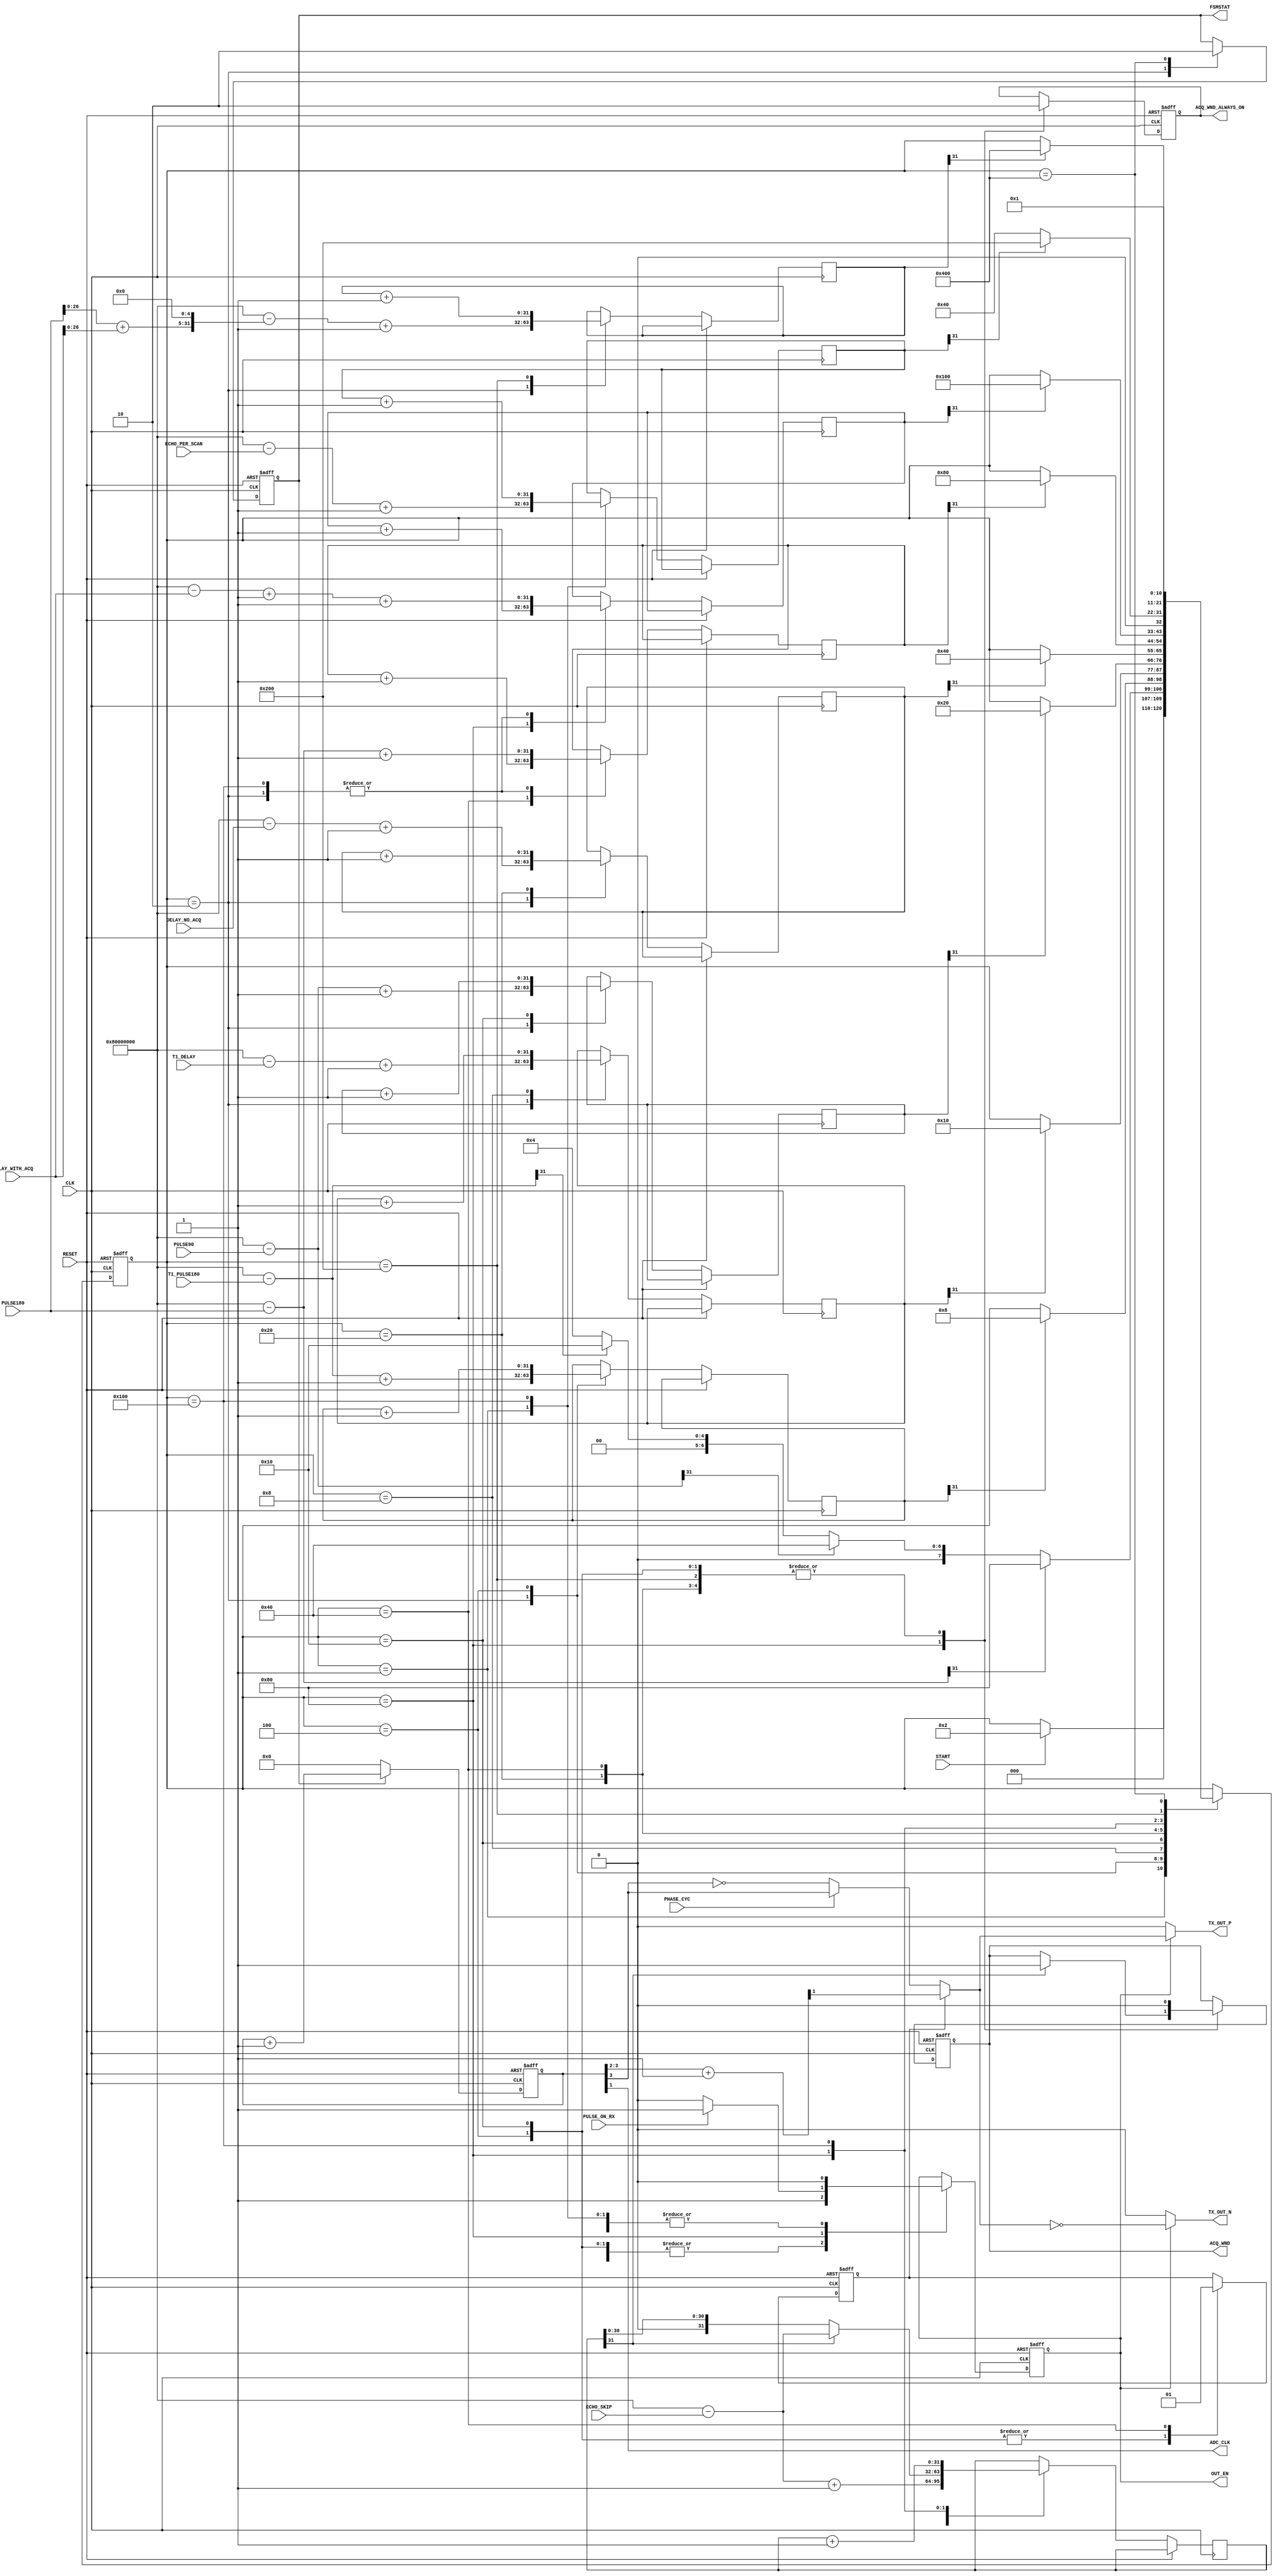
module NMR_PULSE_PROGRAM
#(
	parameter DATABUS_WIDTH = 32,
	parameter NMR_MAIN_TIMER_WIDTH = 4
)
(
	// control signals
	input 		START,
	output reg 	FSMSTAT,
	
	// nmr control signals
	input		PHASE_CYC,
	input		PULSE_ON_RX,
	output reg	ACQ_WND,
	output reg	ACQ_WND_ALWAYS_ON, // the same with ACQ_WND, but this keeps on all the time not depending on ECHO_SKIP
	output reg	OUT_EN,		// tx output enable
	
	// nmr parameters
	input [DATABUS_WIDTH-1:0]	T1_PULSE180,
	input [DATABUS_WIDTH-1:0]	T1_DELAY,
	input [DATABUS_WIDTH-1:0]	PULSE90,
	input [DATABUS_WIDTH-1:0]	DELAY_NO_ACQ,
	input [DATABUS_WIDTH-1:0]	PULSE180,
	input [DATABUS_WIDTH-1:0]	DELAY_WITH_ACQ,
	input [DATABUS_WIDTH-1:0]	ECHO_PER_SCAN,	// echo per scan integer number
	input [DATABUS_WIDTH-1:0]	ECHO_SKIP,
	
	// adc clock generator
	output ADC_CLK,
	
	// nmr tx clock output
	output TX_OUT_P,
	output TX_OUT_N,
	
	// system signals
	input CLK,
	input RESET
);

	// rollover counter reg
	reg 	[DATABUS_WIDTH-1:0]	T1_PULSE180_CNT;
	reg 	[DATABUS_WIDTH-1:0]	T1_DELAY_CNT;
	wire 	[DATABUS_WIDTH-1:0]	JUMP_TO_S4;
	reg 	[DATABUS_WIDTH-1:0]	PULSE90_CNT;
	reg 	[DATABUS_WIDTH-1:0]	DELAY_NO_ACQ_CNT;
	wire 	[DATABUS_WIDTH-1:0]	JUMP_TO_S6;
	reg 	[DATABUS_WIDTH-1:0]	PULSE180_CNT;
	reg 	[DATABUS_WIDTH-1:0]	DELAY_WITH_ACQ_CNT;
	wire 	[DATABUS_WIDTH-1:0]	JUMP_TO_S7;
	reg 	[DATABUS_WIDTH-1:0]	ECHO_PER_SCAN_CNT;
	reg 	[DATABUS_WIDTH-1:0]	TAIL_DELAY_CNT;
	reg		[DATABUS_WIDTH-1:0] ECHO_SKIP_CNT;
	
	// nmr tx clock generator
	wire TX_CLK_X; // tx phase 0 output
	wire TX_CLK_Y; // tx phase 90 output

	reg	PHASE;		// select the output tx phase
	
	
	
	// register for NMR main timer
	reg [NMR_MAIN_TIMER_WIDTH-1:0] NMR_MAIN_TIMER_CNT;

	reg [10:0] State /* synthesis keep = 1 */;
	localparam [10:0]
		S0 	= 11'b00000000001,
		S1 	= 11'b00000000010,
		S2 	= 11'b00000000100,
		S3 	= 11'b00000001000,
		S4 	= 11'b00000010000,
		S5 	= 11'b00000100000,
		S6 	= 11'b00001000000,
		S7 	= 11'b00010000000,
		S8 	= 11'b00100000000,
		S9 	= 11'b01000000000,
		S10 	= 11'b10000000000;
	
	assign JUMP_TO_S4	= {1'b1,{ (DATABUS_WIDTH-1) {1'b0} }} - T1_PULSE180; // only MSB is used to define whether skipping/not is required
	assign JUMP_TO_S6	= {1'b1,{ (DATABUS_WIDTH-1) {1'b0} }} - PULSE90; // only MSB is used to define whether skipping/not is required
	assign JUMP_TO_S7	= {1'b1,{ (DATABUS_WIDTH-1) {1'b0} }} - PULSE180; // only MSB is used to define whether skipping/not is required
	
	initial
	begin
		FSMSTAT	<= 1'b0;
		PHASE	<= 1'b0;
		OUT_EN	<= 1'b0;
		ACQ_WND	<= 1'b0;
		ACQ_WND_ALWAYS_ON	<= 1'b0;
		State	<= S0;
	end
	
	// main controller always loop
	always @(posedge CLK, posedge RESET)
	begin
	
		if (RESET)
		begin
		
			FSMSTAT	<= 1'b0;
			PHASE	<= 1'b0;
			OUT_EN	<= 1'b0;
			ACQ_WND	<= 1'b0;
			ACQ_WND_ALWAYS_ON	<= 1'b0;
			State	<= S0;
			
		end
		else
		begin
		
			case (State)
			
				S0 :
				begin
					
					OUT_EN <= 1'b0; 
					ECHO_PER_SCAN_CNT	<= {1'b1,{ (DATABUS_WIDTH-1) {1'b0} }} - 	ECHO_PER_SCAN + 1;
					
					// Wait for the Start signal
					if (START)
						State <= S1;
				
				end
				
				S1 : 
				begin
					
					T1_PULSE180_CNT		<= {1'b1,{ (DATABUS_WIDTH-1) {1'b0} }} - T1_PULSE180 + 1'b1;
					T1_DELAY_CNT		<= {1'b1,{ (DATABUS_WIDTH-1) {1'b0} }} - T1_DELAY + 1'b1;
					PULSE90_CNT 		<= {1'b1,{ (DATABUS_WIDTH-1) {1'b0} }} - PULSE90 + 1'b1;
					DELAY_NO_ACQ_CNT 	<= {1'b1,{ (DATABUS_WIDTH-1) {1'b0} }} - DELAY_NO_ACQ + 1'b1;
					PULSE180_CNT		<= {1'b1,{ (DATABUS_WIDTH-1) {1'b0} }} - PULSE180 + 1'b1;
					DELAY_WITH_ACQ_CNT	<= {1'b1,{ (DATABUS_WIDTH-1) {1'b0} }} - DELAY_WITH_ACQ + 1'b1 + 1'b1; // another (+1'b1) compensate for S6 state 1 clock cycle 
					TAIL_DELAY_CNT		<= {1'b1,{ (DATABUS_WIDTH-1) {1'b0} }} - ((PULSE180+DELAY_WITH_ACQ)<<5) + 1'b1; // tail delay to extend the ADC_CLK window. The delay is (echo_period*32) or (echo_period << 5
					ECHO_SKIP_CNT		<= {1'b1,{ (DATABUS_WIDTH-1) {1'b0} }} - ECHO_SKIP + 1'd1;
					
					FSMSTAT <= 1'b1;
					
					// skip if the pulse length is 0. There are several scenario:
					// 1. There's no point of doing T1 inversion recovery if PULSE90 is 0, so skip S2 until S5 if this is true, no matter what T1_PULSE180 is.
					//    By skipping PULSE90, and with a single ECHO_PER_SCAN, FID measurement can be performed.
					// 2. If the inversion recovery is not intended, set the T1_PULSE180 to 0 to skip S2 and S3.					
					// 3. To do noise measurement, set the ECHO_PER_SCAN to be 1, and then set PULSE180 to be 0, effectively jumping all states before S7
					if (JUMP_TO_S7[DATABUS_WIDTH-1])
						State <= S7;
					else if (JUMP_TO_S6[DATABUS_WIDTH-1])
						State <= S6;
					else if (JUMP_TO_S4[DATABUS_WIDTH-1])
						State <= S4;
					else
						State <= S2;
								
				end
				
				S2 : // initial pulse 180 for T1 measurement
				begin
				
					OUT_EN <= 1'b1;
					PHASE <= 1'b0;
					ACQ_WND <= 1'b0;
					ACQ_WND_ALWAYS_ON <= 1'b0;
					
					T1_PULSE180_CNT <= T1_PULSE180_CNT + 1'b1;
					
					if (T1_PULSE180_CNT[DATABUS_WIDTH-1])
						State <= S3;
				
				end
				
				S3 : // delay no-acquisition
				begin
					
					OUT_EN <= 1'b0;
					ACQ_WND <= 1'b0;
					ACQ_WND_ALWAYS_ON <= 1'b0;
					
					T1_DELAY_CNT <= T1_DELAY_CNT + 1'b1;
					
					if (T1_DELAY_CNT[DATABUS_WIDTH-1])
						State <= S4;
					
				end
				
				S4 : // pulse 90 state
				begin
					
					OUT_EN <= 1'b1;
					PHASE <= 1'b0;
					ACQ_WND <= 1'b0;
					ACQ_WND_ALWAYS_ON <= 1'b0;
					
					PULSE90_CNT <= PULSE90_CNT + 1'b1;
					
					if (PULSE90_CNT[DATABUS_WIDTH-1])
						State <= S5;
					
				end
				
				S5 : // delay no-acquisition
				begin
					
					OUT_EN <= 1'b0;
					ACQ_WND <= 1'b0;
					ACQ_WND_ALWAYS_ON <= 1'b0;
					DELAY_NO_ACQ_CNT <= DELAY_NO_ACQ_CNT + 1'b1;
					
					if (DELAY_NO_ACQ_CNT[DATABUS_WIDTH-1])
						State <= S6;
					
				end
				
				S6 : // pulse 180 state
				begin
				
					OUT_EN <= 1'b1;
					PHASE <= 1'b1;
					ACQ_WND <= 1'b0;
					ACQ_WND_ALWAYS_ON <= 1'b0;
					
					PULSE180_CNT <= PULSE180_CNT + 1'b1;						

					
					if (PULSE180_CNT[DATABUS_WIDTH-1])
						State <= S7;
					
				end
				
				S7 : // delay with acquisition
				begin
					
					if (PULSE_ON_RX)
						OUT_EN <= 1'b1;
					else
						OUT_EN <= 1'b0; 
					
					
					if (ECHO_SKIP_CNT[DATABUS_WIDTH-1])
					begin
						ACQ_WND <= 1'b1;
						ECHO_SKIP_CNT		<= {1'b1,{ (DATABUS_WIDTH-1) {1'b0} }} - ECHO_SKIP;
					end
					ACQ_WND_ALWAYS_ON <= 1'b1;
					
					DELAY_WITH_ACQ_CNT <= DELAY_WITH_ACQ_CNT + 1'b1;
					
					if (DELAY_WITH_ACQ_CNT[DATABUS_WIDTH-1])
						State <= S8;
					
				end
				
				S8 : // check echo per scan rollover counter
				begin
					
					OUT_EN <= 1'b0; 
					
					PULSE180_CNT		<= {1'b1,{ (DATABUS_WIDTH-1) {1'b0} }} - PULSE180 + 1'b1;
					DELAY_WITH_ACQ_CNT	<= {1'b1,{ (DATABUS_WIDTH-1) {1'b0} }} - DELAY_WITH_ACQ + 1'b1 + 1'b1; // another (+1'b1) compensate for S6 state 1 clock cycle 
					
					ECHO_SKIP_CNT <= ECHO_SKIP_CNT + 1'b1;
					ECHO_PER_SCAN_CNT <= ECHO_PER_SCAN_CNT + 1'b1;
					
					if (ECHO_PER_SCAN_CNT[DATABUS_WIDTH-1])
						State <= S9;
					else
						State <= S6;
						
				end
				
				S9 : // additional delay at the end of the sequence. Added to prolong the ADC_CLK that's enabled when FSM_STAT is 1
				begin
					
					
					ACQ_WND <= 1'b0;
					ACQ_WND_ALWAYS_ON <= 1'b0;
					TAIL_DELAY_CNT <= TAIL_DELAY_CNT + 1'b1;
					
					if (TAIL_DELAY_CNT[DATABUS_WIDTH-1])
						State <= S10;
					
				end
				
				S10: // end of sequence
				begin
					
					FSMSTAT <= 1'b0;
					
					State <= S0;
				
				end
				
				
			endcase
		
		end
	
	end
	
	// main NMR counter always loop
	always @(posedge CLK, posedge RESET)
	begin
		if (RESET)
		begin
			NMR_MAIN_TIMER_CNT <= {NMR_MAIN_TIMER_WIDTH{1'b0}};
		end
		else
		begin
			if (FSMSTAT)
				NMR_MAIN_TIMER_CNT <= NMR_MAIN_TIMER_CNT + 1'b1;
			else
				NMR_MAIN_TIMER_CNT <= {NMR_MAIN_TIMER_WIDTH{1'b0}};
		end
	end
	
	// generate ADC clock
	assign ADC_CLK = NMR_MAIN_TIMER_CNT[1]; // index 0 is to get CLK/2 frequency, and index 1 is to get CLK/4 frequency
	
	// generate TX clock
	wire [1:0] TX_CLK_X_CNT, TX_CLK_Y_CNT;
	assign TX_CLK_X_CNT = NMR_MAIN_TIMER_CNT[3:2]; // index 2: CLK/8, index 3: CLK/16.
	assign TX_CLK_Y_CNT = NMR_MAIN_TIMER_CNT[3:2] + 1'b1; // add extra 90 degrees phase shift
	assign TX_CLK_X = TX_CLK_X_CNT[1]; // phase 0
	assign TX_CLK_Y = TX_CLK_Y_CNT[1]; // phase 90
	
	// switch TX clock output (phase cycling by pulse-90)
	wire TX_OUT_X_phcyc; // phase cycling output signal 
	wire TX_OUT_P_int; // internal tx_p after selected by phase (switching between 0 and 90 degrees input pulse)
	assign TX_OUT_X_phcyc = PHASE_CYC ? TX_CLK_X : ~TX_CLK_X;
	assign TX_OUT_P_int = PHASE ?  TX_CLK_Y : TX_OUT_X_phcyc;
	assign TX_OUT_P = OUT_EN ? TX_OUT_P_int : 1'b0;
	assign TX_OUT_N = OUT_EN ? ~TX_OUT_P_int : 1'b0;


endmodule